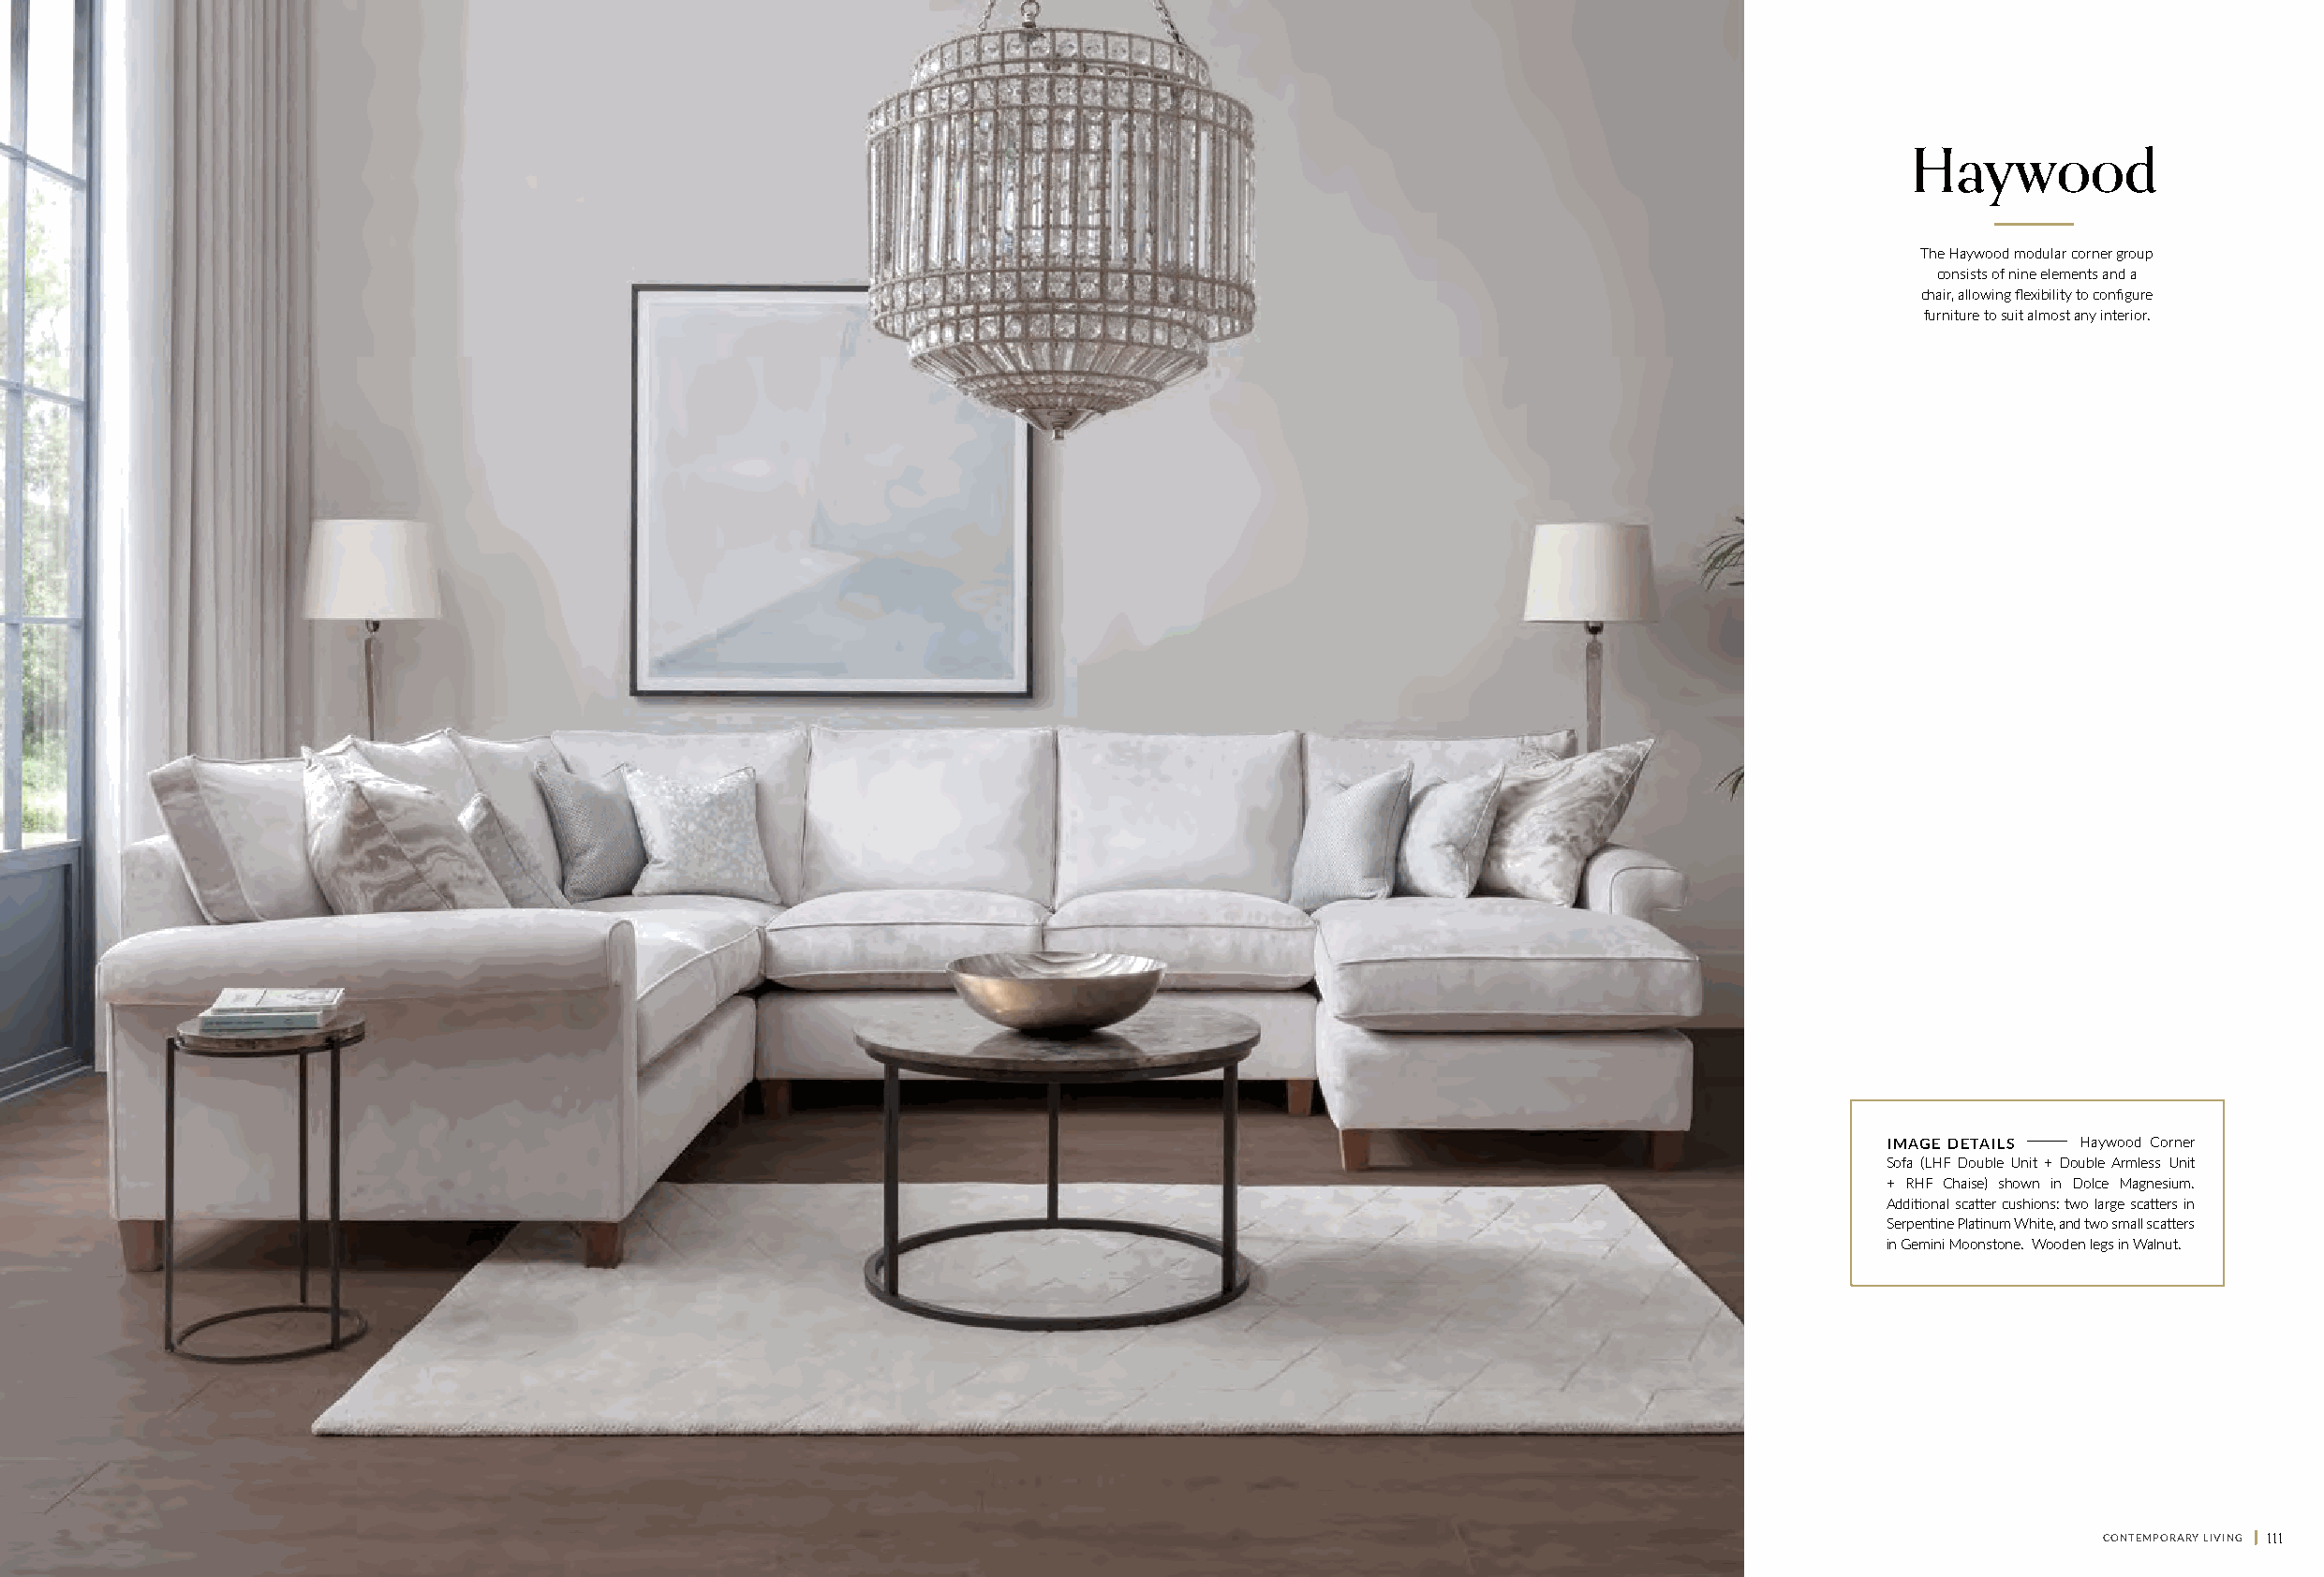
Haywood
 The Haywood modular corner group
 consists of nine elements and a
 chair, allowing flexibility to configure
 furniture to suit almost any interior.
 I M A G E D E T A I L S Haywood Corner
 Sofa (LHF Double Unit + Double Armless Unit
 + RHF Chaise) shown in Dolce Magnesium.
 Additional scatter cushions: two large scatters in
 Serpentine Platinum White, and two small scatters
 in Gemini Moonstone. Wooden legs in Walnut.
 110 || CONTEMPORARY LIVING                                                                                                                        CONTEMPORARY LIVING || 111